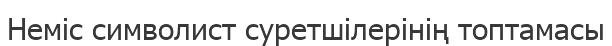
Неміс символист суретшілерінің топтамасы